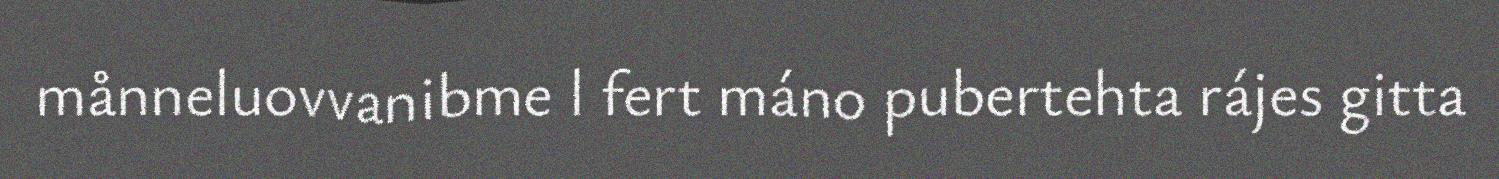
månneluovvanibme l fert máno pubertehta rájes gitta